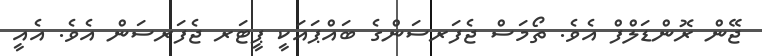
ޖޭން ރޮންޑަލްފް އެވެ. ތޯމަސް ޖެފަރސަންގެ ބައްޕައަކީ ޕީޓަރ ޖެފަރސަން އެވެ. އެއީ